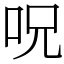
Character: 呪